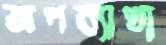
অপব্যাখা